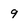
Character: 9